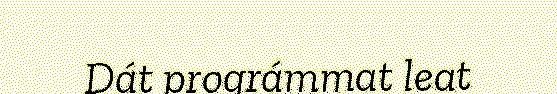
Dát prográmmat leat